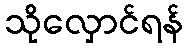
သိုလှောင်ရန်